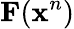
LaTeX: \mathbf{F}(\mathbf{x}^{n})